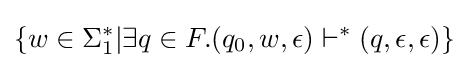
\{w\in \Sigma _{1}^{*}|\exists q\in F.(q_{0},w,\epsilon )\vdash ^{*}(q,\epsilon ,\epsilon )\}